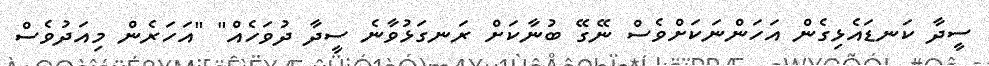
ސީދާ ކަނޑައެޅިގެން އަހަންނަކަށްވެސް ނޭގޭ ބުނާކަށް ރަނގަޅުވާނެ ސީދާ ދުވަހެއް" "އަހަރެން މިއަދުވެސް